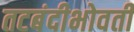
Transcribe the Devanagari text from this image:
तटबंदीभोवती